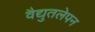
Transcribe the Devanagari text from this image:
वैद्युतलेपन